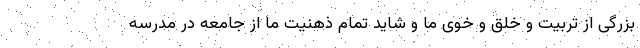
بزرگی از تربیت و خلق و خوی ما و شاید تمام ذهنیت ما از جامعه در مدرسه